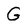
Character: G